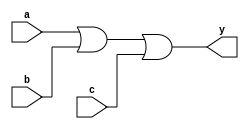
module OR_gate (
    input wire a,
    input wire b,
    input wire c,
    output wire y
);

assign y = a | b | c;

endmodule